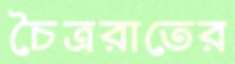
চৈত্ররাতের